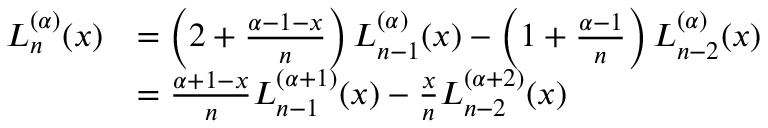
{ \begin{array} { r l } { L _ { n } ^ { ( \alpha ) } ( x ) } & { = \left( 2 + { \frac { \alpha - 1 - x } { n } } \right) L _ { n - 1 } ^ { ( \alpha ) } ( x ) - \left( 1 + { \frac { \alpha - 1 } { n } } \right) L _ { n - 2 } ^ { ( \alpha ) } ( x ) } \\ & { = { \frac { \alpha + 1 - x } { n } } L _ { n - 1 } ^ { ( \alpha + 1 ) } ( x ) - { \frac { x } { n } } L _ { n - 2 } ^ { ( \alpha + 2 ) } ( x ) } \end{array} }